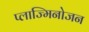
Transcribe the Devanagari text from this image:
प्लाज्मिनोजन